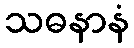
သဓနာနံ